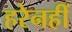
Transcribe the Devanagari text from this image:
हरेनहीं